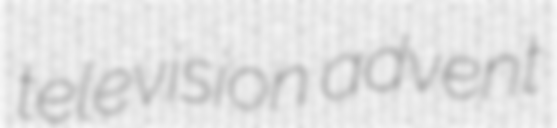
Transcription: television advent